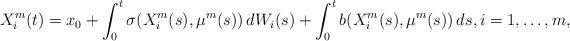
LaTeX: \begin{align*}X^m_i(t) = x_0 + \int_0^t \sigma(X^m_i(s), \mu^m(s)) \, dW_i(s) + \int_0^t b(X^m_i(s), \mu^m(s)) \, ds, i = 1, \dotsc, m,\end{align*}